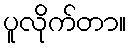
ပူလိုက်တာ။